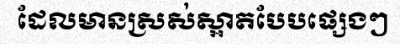
ដែលមានស្រស់ស្អាតបែបផ្សេងៗ